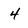
Character: 4